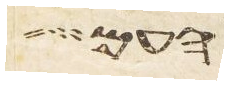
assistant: העם